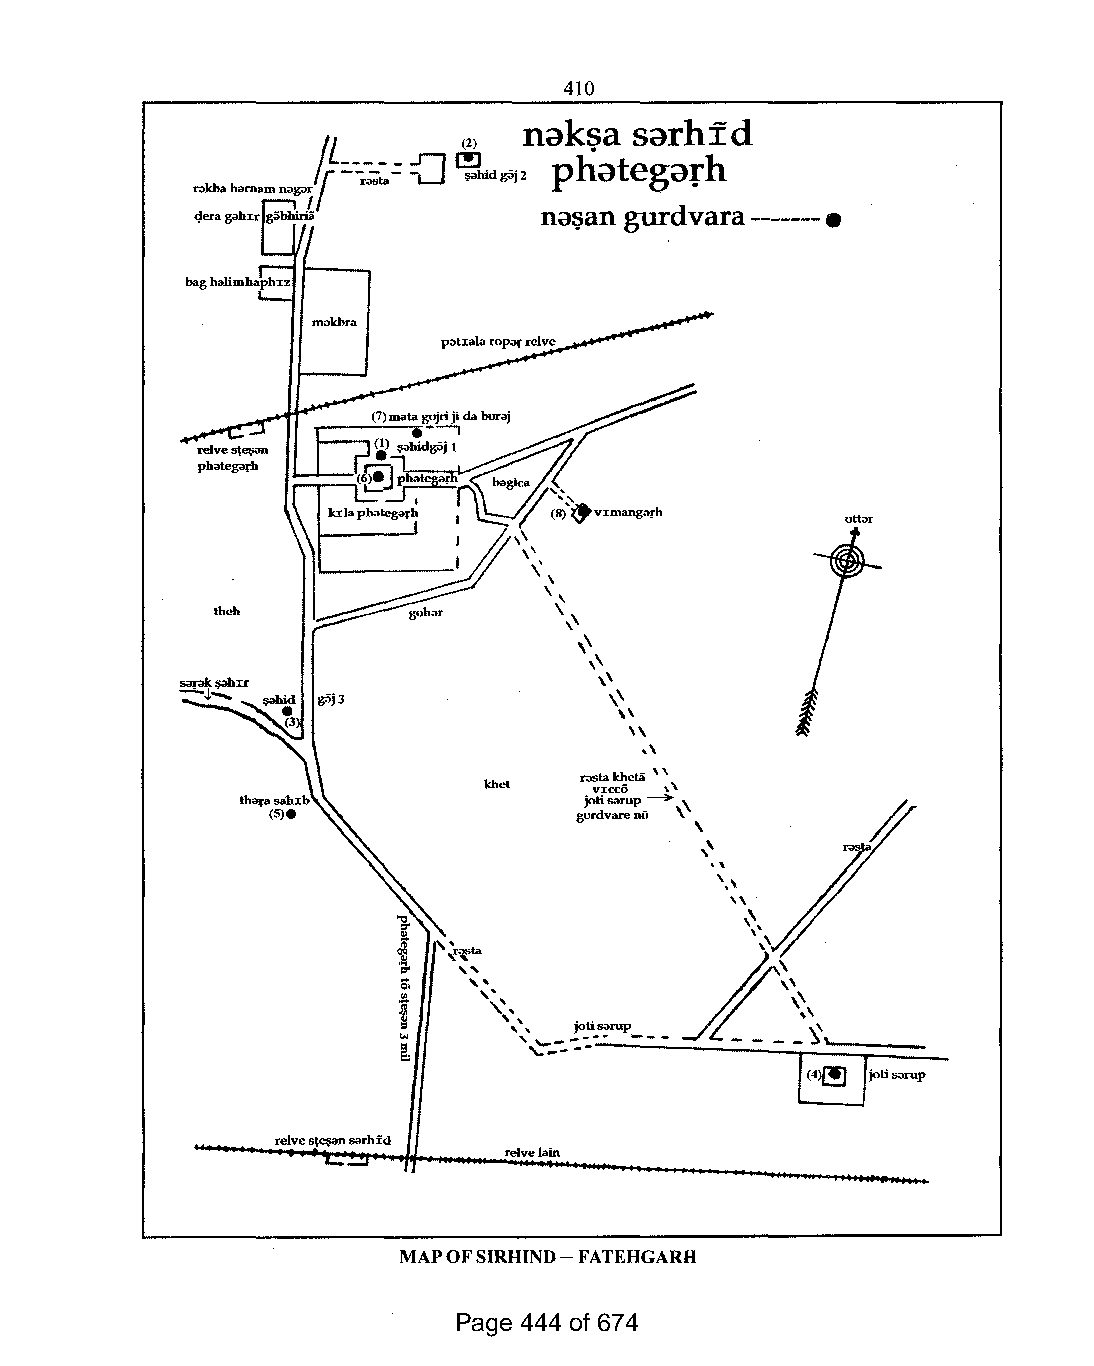
410
 Il            nak~a  sarhfd
 r         (2)
 ::::.;;;:==:J ~hidg'ij2 phategarh
 rakbaharnamnagar
 1
 na~angurdvara-------.
 4eragahIrgiibhiria
 baghalimhaphIz
 uttar
 rastalcheta \"
 khel
 VICCO \\
 joti""rup~ \       ~
 gurdvarenii \
 \
 \\/~
 ''r"a,sla       L,\    \       _
 ,..
 "
 ,',
 "
 ' ....'\'\ joli.s.arup
 '~.::::.:
 §ti""ruP
 relves~""rhid
 relvelain
 MAPOFSIRHIND- FATEHGARH
 Page 444 of 674